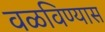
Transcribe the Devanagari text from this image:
वळविण्यास